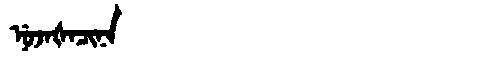
Manchu: ᠨᡠᠵᠠᡧᠠᠴᡳᠨᠠ
Romanization: NUJAŠACINA